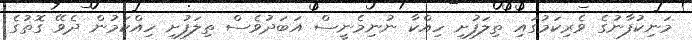
މަނިކުފާނުގެ ވެރިކަމުގައި ތިލަފުށި ހިއްކާ ނުނިމެނީސް އަބަދުވެސް ތިލަފުށި ހިއްކަމުން ދެވޭ ގޮތުގެ